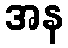
အန